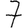
Digit: 7